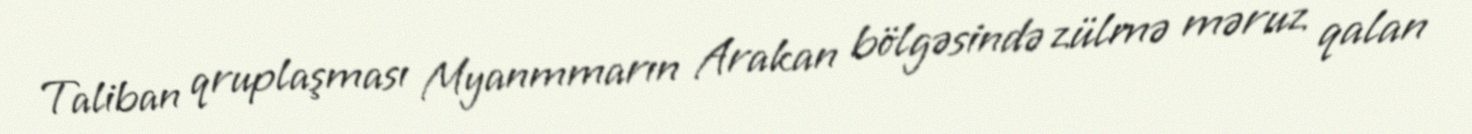
Taliban qruplaşması Myanmmarın Arakan bölgəsində zülmə məruz qalan